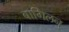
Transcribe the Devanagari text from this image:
बागिलनु